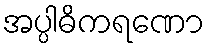
အပ္ပါဓိကရဏော